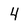
Character: 4